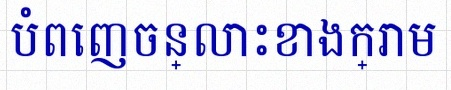
បំពេញចន្លោះខាងក្រោម